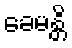
ခေမန္တိ